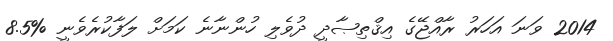
2014 ވަނަ އަހަރު ރާއްޖޭގެ އިޤްތިޞާދީ ދުވެލި ހުންނާނެ ކަމަށް ލަފާކުރެވެނީ %8.5